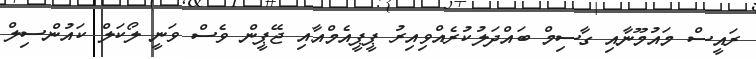
ރައީސް މައުމޫނާއި ގާސިމް ބައްދަލުކުރެއްވިއިރު ޕީޕީއެމްއާއި ޖޭޕީން ވެސް ވަނީ ލޯކަލް ކައުންސިލް